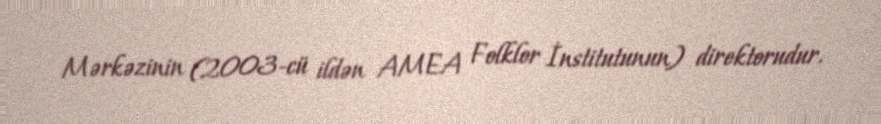
Mərkəzinin (2003-cü ildən AMEA Folklor İnstitutunun) direktorudur.